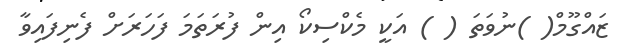
ޒައްގޫމް( )ނުވަތަ ( ) އަކީ މެކްސިކޯ އިން ފުރަތަމަ ފަހަރަށް ފެނިފައިވާ